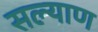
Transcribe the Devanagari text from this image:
सल्याण